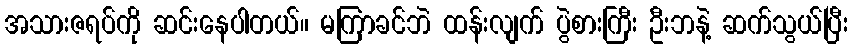
အသားဇရပ်ကို ဆင်းနေပါတယ်။ မကြာခင်ဘဲ ထန်းလျက် ပွဲစားကြီး ဦးဘနဲ့ ဆက်သွယ်ပြီး